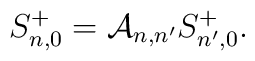
S^+_{n,0}={\cal A}_{n,n'}S^+_{n',0}.